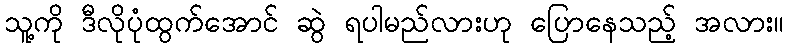
သူ့ကို ဒီလိုပုံထွက်အောင် ဆွဲ ရပါမည်လားဟု ပြောနေသည့် အလား။